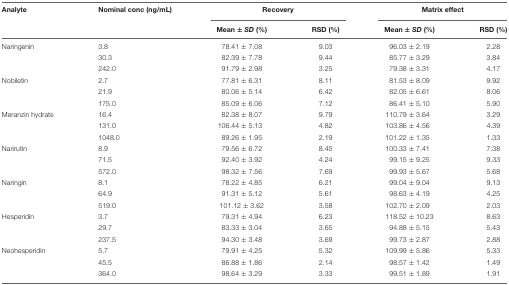
<table><thead><tr><td><b>Analyte</b></td><td><b>Nominal conc (ng/mL)</b></td><td colspan="2"><b>Recovery</b></td><td colspan="2"><b>Matrix effect</b></td></tr><tr><td></td><td></td><td><b>Mean ± <i>SD</i> (%)</b></td><td><b>RSD (%)</b></td><td><b>Mean ± <i>SD</i> (%)</b></td><td><b>RSD (%)</b></td></tr></thead><tbody><tr><td>Naringenin</td><td>3.8</td><td>78.41 ± 7.08</td><td>9.03</td><td>96.03 ± 2.19</td><td>2.28</td></tr><tr><td></td><td>30.3</td><td>82.39 ± 7.78</td><td>9.44</td><td>85.77 ± 3.29</td><td>3.84</td></tr><tr><td></td><td>242.0</td><td>91.79 ± 2.98</td><td>3.25</td><td>79.38 ± 3.31</td><td>4.17</td></tr><tr><td>Nobiletin</td><td>2.7</td><td>77.81 ± 6.31</td><td>8.11</td><td>81.53 ± 8.09</td><td>9.92</td></tr><tr><td></td><td>21.9</td><td>80.06 ± 5.14</td><td>6.42</td><td>82.05 ± 6.61</td><td>8.06</td></tr><tr><td></td><td>175.0</td><td>85.09 ± 6.06</td><td>7.12</td><td>86.41 ± 5.10</td><td>5.90</td></tr><tr><td>Meranzin hydrate</td><td>16.4</td><td>82.38 ± 8.07</td><td>9.79</td><td>110.79 ± 3.64</td><td>3.29</td></tr><tr><td></td><td>131.0</td><td>106.44 ± 5.13</td><td>4.82</td><td>103.86 ± 4.56</td><td>4.39</td></tr><tr><td></td><td>1048.0</td><td>89.26 ± 1.95</td><td>2.19</td><td>101.22 ± 1.35</td><td>1.33</td></tr><tr><td>Narirutin</td><td>8.9</td><td>79.56 ± 6.72</td><td>8.45</td><td>100.33 ± 7.41</td><td>7.38</td></tr><tr><td></td><td>71.5</td><td>92.40 ± 3.92</td><td>4.24</td><td>99.15 ± 9.25</td><td>9.33</td></tr><tr><td></td><td>572.0</td><td>98.32 ± 7.56</td><td>7.69</td><td>99.93 ± 5.67</td><td>5.68</td></tr><tr><td>Naringin</td><td>8.1</td><td>78.22 ± 4.85</td><td>6.21</td><td>99.04 ± 9.04</td><td>9.13</td></tr><tr><td></td><td>64.9</td><td>91.31 ± 5.12</td><td>5.61</td><td>98.63 ± 4.19</td><td>4.25</td></tr><tr><td></td><td>519.0</td><td>101.12 ± 3.62</td><td>3.58</td><td>102.70 ± 2.09</td><td>2.03</td></tr><tr><td>Hesperidin</td><td>3.7</td><td>79.31 ± 4.94</td><td>6.23</td><td>118.52 ± 10.23</td><td>8.63</td></tr><tr><td></td><td>29.7</td><td>83.33 ± 3.04</td><td>3.65</td><td>94.88 ± 5.15</td><td>5.43</td></tr><tr><td></td><td>237.5</td><td>94.30 ± 3.48</td><td>3.69</td><td>99.73 ± 2.87</td><td>2.88</td></tr><tr><td>Neohesperidin</td><td>5.7</td><td>79.91 ± 4.25</td><td>5.32</td><td>109.99 ± 5.86</td><td>5.33</td></tr><tr><td></td><td>45.5</td><td>86.88 ± 1.86</td><td>2.14</td><td>98.57 ± 1.42</td><td>1.49</td></tr><tr><td></td><td>364.0</td><td>98.64 ± 3.29</td><td>3.33</td><td>99.51 ± 1.89</td><td>1.91</td></tr></tbody></table>